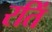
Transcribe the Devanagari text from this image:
रतिं